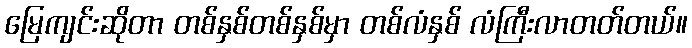
မြေကျင်းဆိုတာ တစ်နှစ်တစ်နှစ်မှာ တစ်လံနှစ် လံကြီးလာတတ်တယ်။